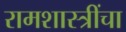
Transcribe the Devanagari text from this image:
रामशास्त्रींचा